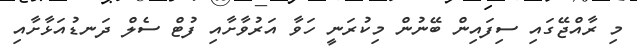
މި ރާއްޖޭގައި ސިފައިން ބޭނުން މިކުރަނީ ހަވާ އަރުވާށާއި ފުޓް ސެލް ދަނޑުއަޅާށާއި